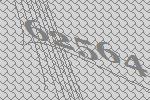
62564